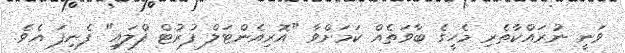
ވަނީ ނުރައްކާތެރި މެހީގެ ބާވަތެއް ކަމަށްވާ "އޮރިއެންޓަލް ފުރުޓް ފްލައި" ފެނިފަ އެވެ.